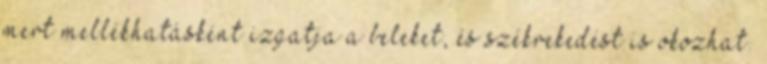
mert mellékhatásként izgatja a beleket, és székrekedést is okozhat.